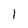
Character: 1